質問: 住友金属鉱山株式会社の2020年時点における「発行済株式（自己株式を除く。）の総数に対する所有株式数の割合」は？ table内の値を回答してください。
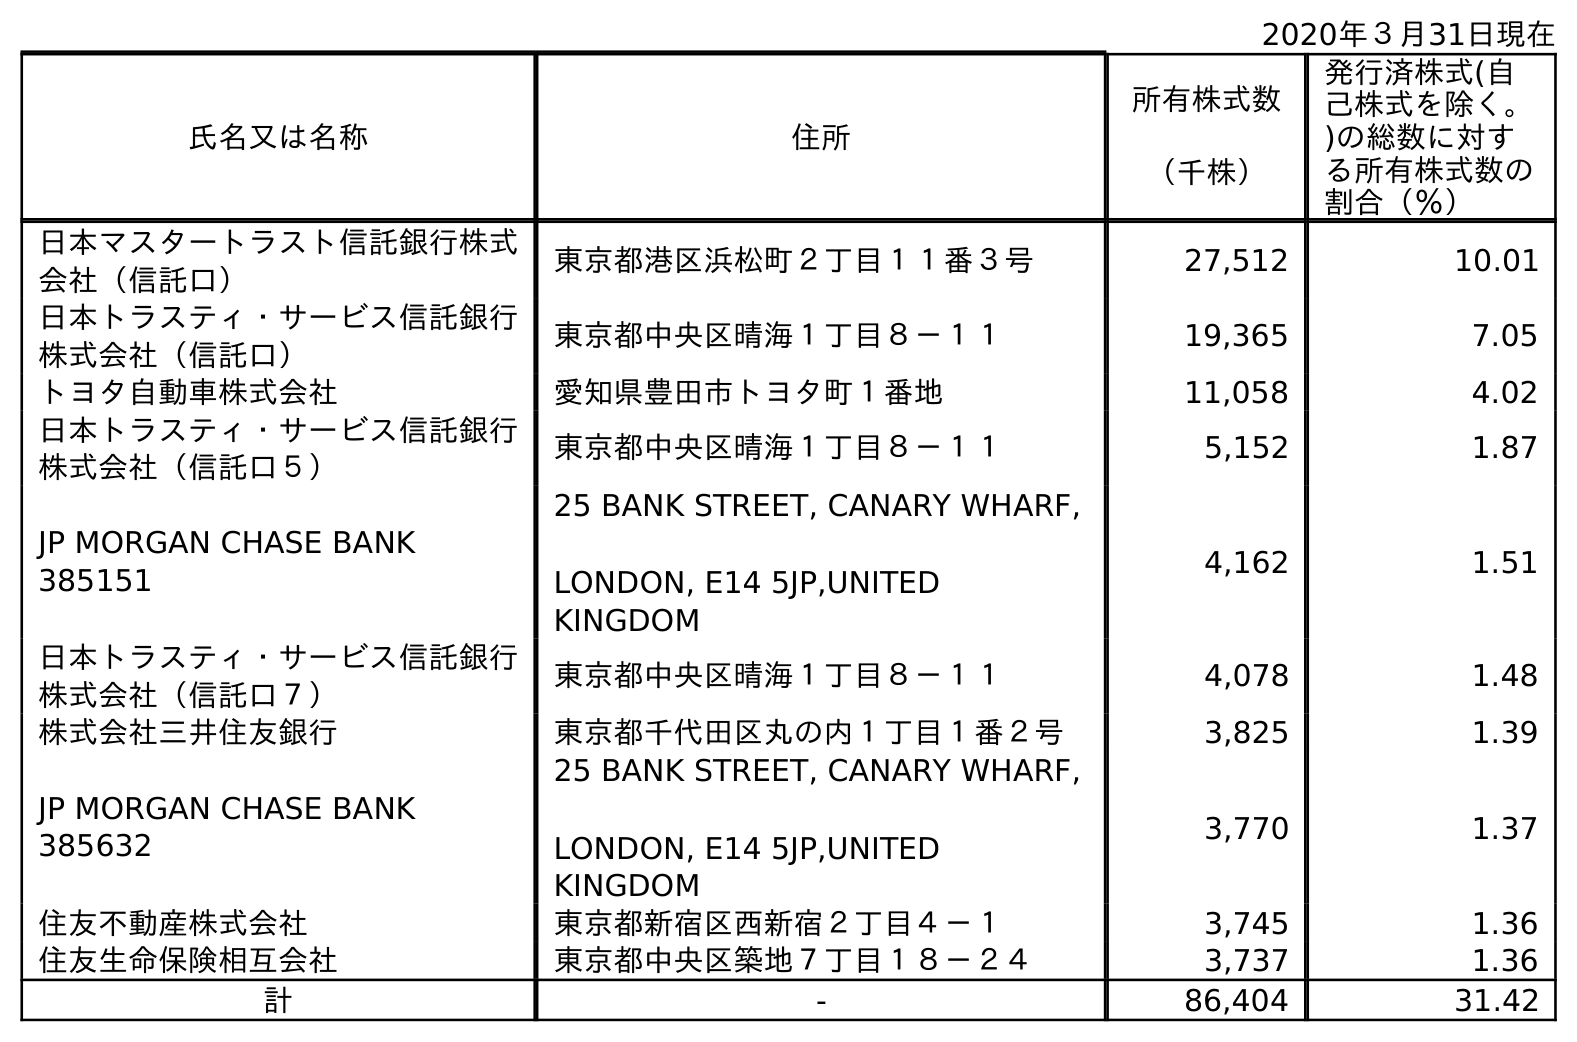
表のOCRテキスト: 2020年３月31日現在 氏名又は名称 住所 所有株式数 （千株） 発行済株式(自 己株式を除く。 )の総数に対す る所有株式数の 割合（％） 日本マスタートラスト信託銀行株式 会社（信託口） 東京都港区浜松町２丁目１１番３号 27,512 10.01 日本トラスティ・サービス信託銀行 株式会社（信託口） 東京都中央区晴海１丁目８－１１ 19,365 7.05 トヨタ自動車株式会社 愛知県豊田市トヨタ町１番地 11,058 4.02 日本トラスティ・サービス信託銀行 株式会社（信託口５） 東京都中央区晴海１丁目８－１１ 5,152 1.87 JP MORGAN CHASE BANK 385151 25 BANK STREET, CANARY WHARF, LONDON, E14 5JP,UNITED KINGDOM 4,162 1.51 日本トラスティ・サービス信託銀行 株式会社（信託口７） 東京都中央区晴海１丁目８－１１ 4,078 1.48 株式会社三井住友銀行 東京都千代田区丸の内１丁目１番２号 3,825 1.39 JP MORGAN CHASE BANK 385632 25 BANK STREET, CANARY WHARF, LONDON, E14 5JP,UNITED KINGDOM 3,770 1.37 住友不動産株式会社 東京都新宿区西新宿２丁目４－１ 3,745 1.36 住友生命保険相互会社 東京都中央区築地７丁目１８－２４ 3,737 1.36 計 - 86,404 31.42
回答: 31.42